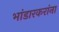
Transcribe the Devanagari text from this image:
भांडारकरांना